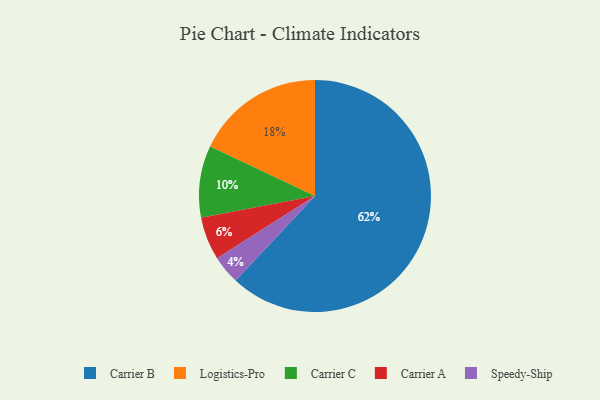
{"axis": {"x": "Category", "y": "Percentage"}, "legend": ["Carrier A", "Carrier B", "Carrier C", "Logistics-Pro", "Speedy-Ship"], "data": [{"x": "Logistics-Pro", "y": 18, "type": "Logistics-Pro"}, {"x": "Carrier A", "y": 6, "type": "Carrier A"}, {"x": "Carrier C", "y": 10, "type": "Carrier C"}, {"x": "Speedy-Ship", "y": 4, "type": "Speedy-Ship"}, {"x": "Carrier B", "y": 62, "type": "Carrier B"}]}